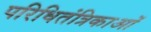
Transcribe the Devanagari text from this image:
परिधितंत्रिकाओं